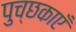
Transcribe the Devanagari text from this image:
पुच्छकाएँ